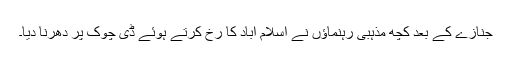
جنازے کے بعد کچھ مذہبی رہنماؤں نے اسلام آباد کا رخ کرتے ہوئے ڈی چوک پر دھرنا دیا۔